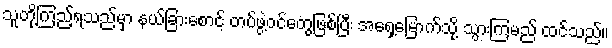
သူတို့ကြည့်ရသည်မှာ နယ်ခြားစောင့် တပ်ဖွဲ့ဝင်တွေဖြစ်ပြီး အရှေ့မြောက်သို့ သွားကြမည် ထင်သည်။